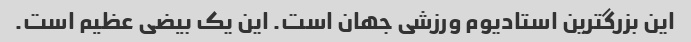
این بزرگترین استادیوم ورزشی جهان است. این یک بیضی عظیم است.